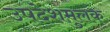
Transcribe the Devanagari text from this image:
उपदेशमुलक